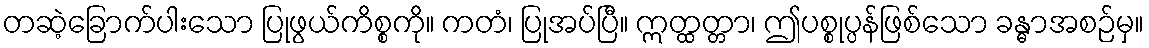
တဆဲ့ခြောက်ပါးသော ပြုဖွယ်ကိစ္စကို။ ကတံ၊ ပြုအပ်ပြီ။ ဣတ္ထတ္တာ၊ ဤပစ္စုပ္ပန်ဖြစ်သော ခန္ဓာအစဉ်မှ။